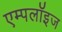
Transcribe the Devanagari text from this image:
एम्पलॉइज